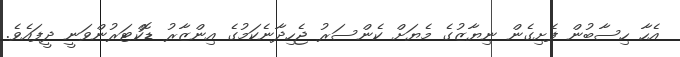
އެހާ ހިސާބުން ފެށިގެން ނިޔާޒުގެ މެޔަށް ކެންސަރު ޖެހިދާނެކަމުގެ އިންޒާރު ޑޮކްޓަރުންވަނީ ދީފައެވެ.